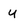
Character: y